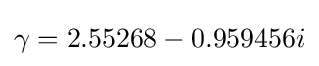
\gamma =2.55268-0.959456i